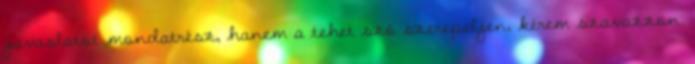
javaslatot mondatrész, hanem a tehet szó szerepeljen, kérem szavazzon.